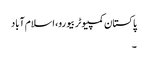
پاکستان کمپیوٹر بیورو، اسلام آباد
۔